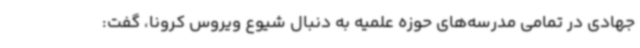
جهادی در تمامی مدرسه‌های حوزه علمیه به دنبال شیوع ویروس کرونا، گفت: